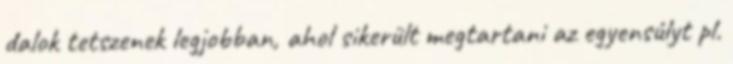
dalok tetszenek legjobban, ahol sikerült megtartani az egyensúlyt pl.